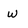
Character: w